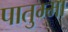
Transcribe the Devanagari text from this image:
पातुम्मा